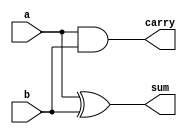
// Half adder
//

module ha(
	input a, b,
	output sum, carry
	);

	and C(carry, a, b);
	xor S(sum, a, b);
endmodule